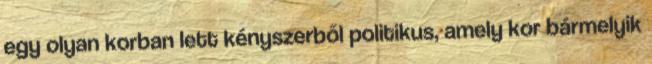
egy olyan korban lett kényszerből politikus, amely kor bármelyik